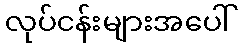
လုပ်ငန်းများအပေါ်